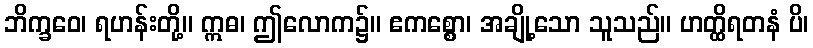
ဘိက္ခဝေ၊ ရဟန်းတို့။ ဣဓ၊ ဤလောက၌။ ဧကစ္စော၊ အချို့သော သူသည်။ ဟတ္ထိရတနံ ပိ၊